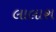
લાલાશ